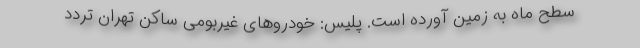
سطح ماه به زمین آورده است. پلیس: خودروهای غیربومی ساکن تهران تردد